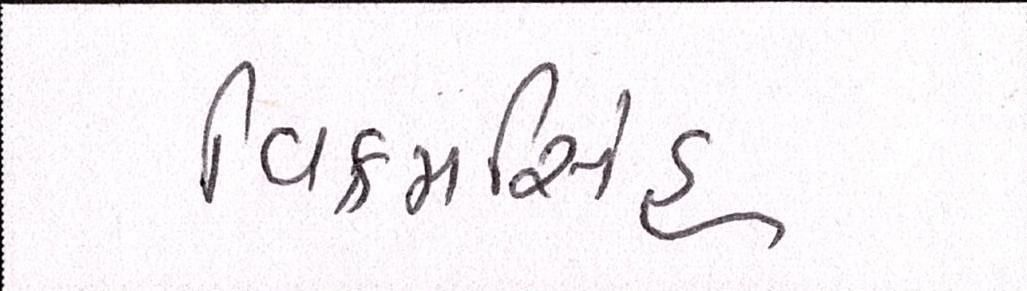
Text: વિક્રમસિંહ